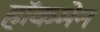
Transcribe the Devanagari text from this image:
हाॅकमेन